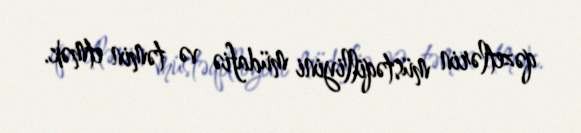
qəzetlərin müstəqilliyini müdafiə və təmin etmək.